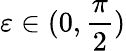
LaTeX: \varepsilon\in(0,\frac{\pi}{2})